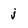
Character: j